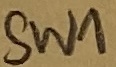
Text: SW1